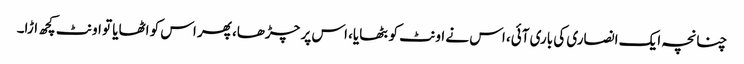
چنانچہ ایک انصاری کی باری آئی، اس نے اونٹ کو بٹھایا، اس پر چڑھا، پھر اس کو اٹھایا تو اونٹ کچھ اڑا۔